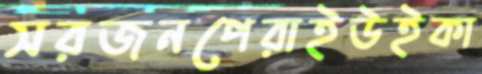
সরজনপেরাইউইকা